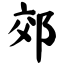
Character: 郊